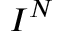
I ^ { N }